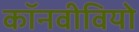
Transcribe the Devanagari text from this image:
कॉनवीवियो